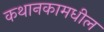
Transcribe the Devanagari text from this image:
कथानकामधील